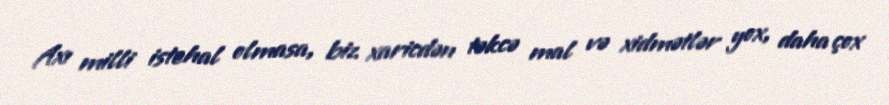
Axı milli istehal olmasa, biz xaricdən təkcə mal və xidmətlər yox, daha çox